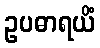
ဥပဓာရယိံ